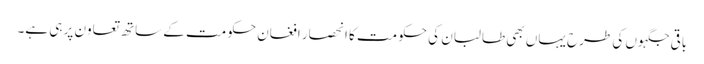
باقی جگہوں کی طرح یہاں بھی طالبان کی حکومت کا انحصار افغان حکومت کے ساتھ تعاون پر ہی ہے۔